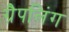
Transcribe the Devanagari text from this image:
ग्रैपलिंग